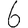
Digit: 6